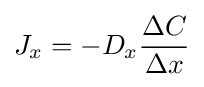
J_{x}=-D_{x}{\frac {\Delta C}{\Delta x}}